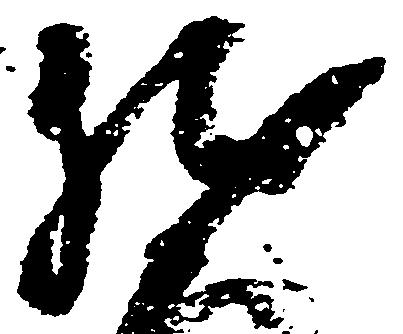
然